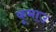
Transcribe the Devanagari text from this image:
कूमाउ